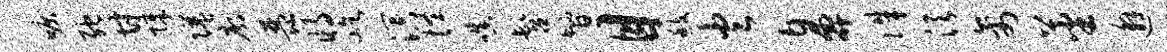
唳弛甘障隘廓琵将屹溟怪嗔髫智目馥火鼻侏须禽蕃邂